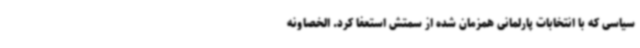
سیاسی که با انتخابات پارلمانی همزمان شده از سمتش استعفا کرد. الخصاونه